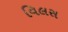
વિલસ